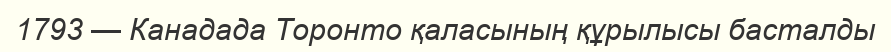
1793 — Канадада Торонто қаласының құрылысы басталды